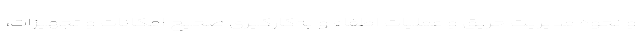
و نحوه مدیریت حریق و عملیات اطفاء و به‌کارگیری صحیح امکانات و تجهیزات،